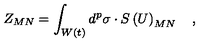
Z _ { M N } = \int _ { W \left( t \right) } d ^ { p } \sigma \cdot S \left( U \right) _ { M N } \quad ,